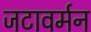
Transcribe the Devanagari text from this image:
जटावर्मन